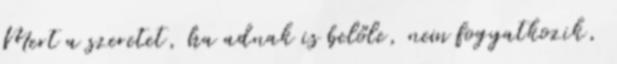
Mert a szeretet, ha adnak is belőle, nem fogyatkozik,